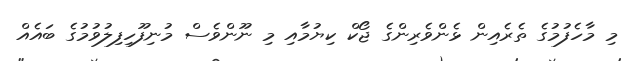
މި މާހެފުމުގެ ތެރެއިން ޅެންވެރިންގެ ޖޯކް ކިޔުމާއި މި ނޫންވެސް މުނިފޫހިފިލުވުމުގެ ބައެއް